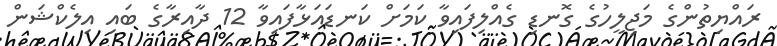
ރައްޔިތުންގެ މަޖިލީހުގެ ގޮނޑި ގެއްލިފައިވާ ކަމަށް ކަނޑައަޅާފައިވާ 12 ދާއިރާގެ ބައި އިލެކްޝަން